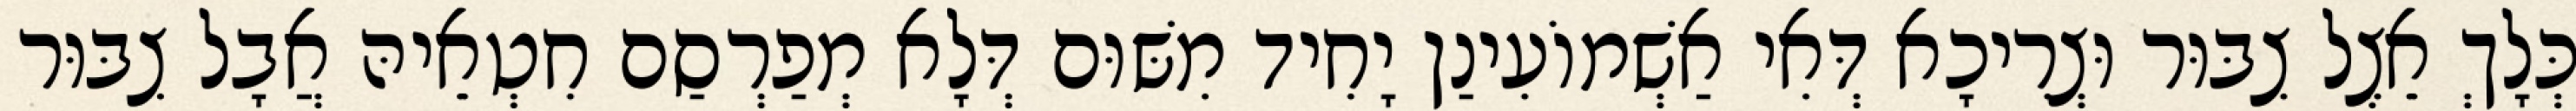
כְּלָךְ אֵצֶל צִבּוּר וּצְרִיכָא דְּאִי אַשְׁמוֹעִינַן יָחִיד מִשּׁוּם דְּלָא מְפַרְסַם חִטְאֵיהּ אֲבָל צִבּוּר